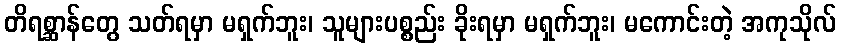
တိရစ္ဆာန်တွေ သတ်ရမှာ မရှက်ဘူး၊ သူများပစ္စည်း ခိုးရမှာ မရှက်ဘူး၊ မကောင်းတဲ့ အကုသိုလ်